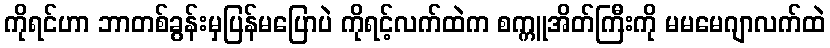
ကိုရင်ဟာ ဘာတစ်ခွန်းမှပြန်မပြောပဲ ကိုရင့်လက်ထဲက စက္ကူအိတ်ကြီးကို မမမေဂျာလက်ထဲ